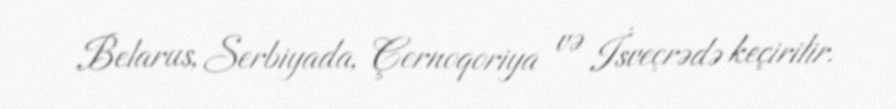
Belarus, Serbiyada, Çernoqoriya və İsveçrədə keçirilir.